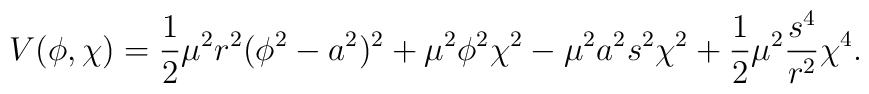
V(\phi,\chi)=\frac{1}{2}\mu^2 r^2 (\phi^2-a^2)^2+\mu^2\phi^2\chi^2-\mu^2 a^2 s^2\chi^2+\frac{1}{2}\mu^2 \frac{s^4}{r^2} \chi^4.